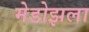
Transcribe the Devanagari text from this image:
मेडोझला